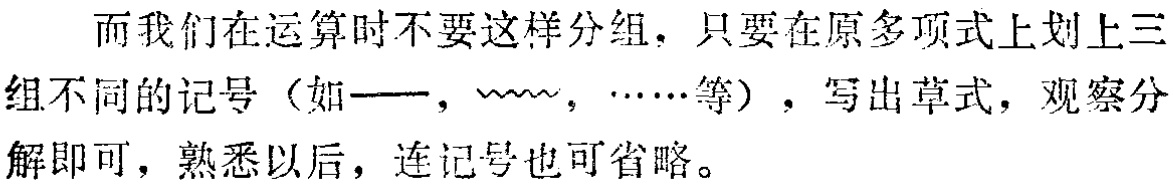
而我们在运算时不要这样分组，只要在原多项式上划上三组不同的记号（如——， ，……等），写出草式，观察分解即可，熟悉以后，连记号也可省略。